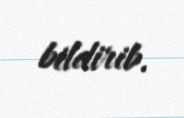
bildirib.